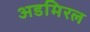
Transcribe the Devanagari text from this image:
अडमिरल